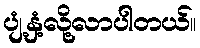
ပျံ့နှံ့လို့လာပါတယ်။